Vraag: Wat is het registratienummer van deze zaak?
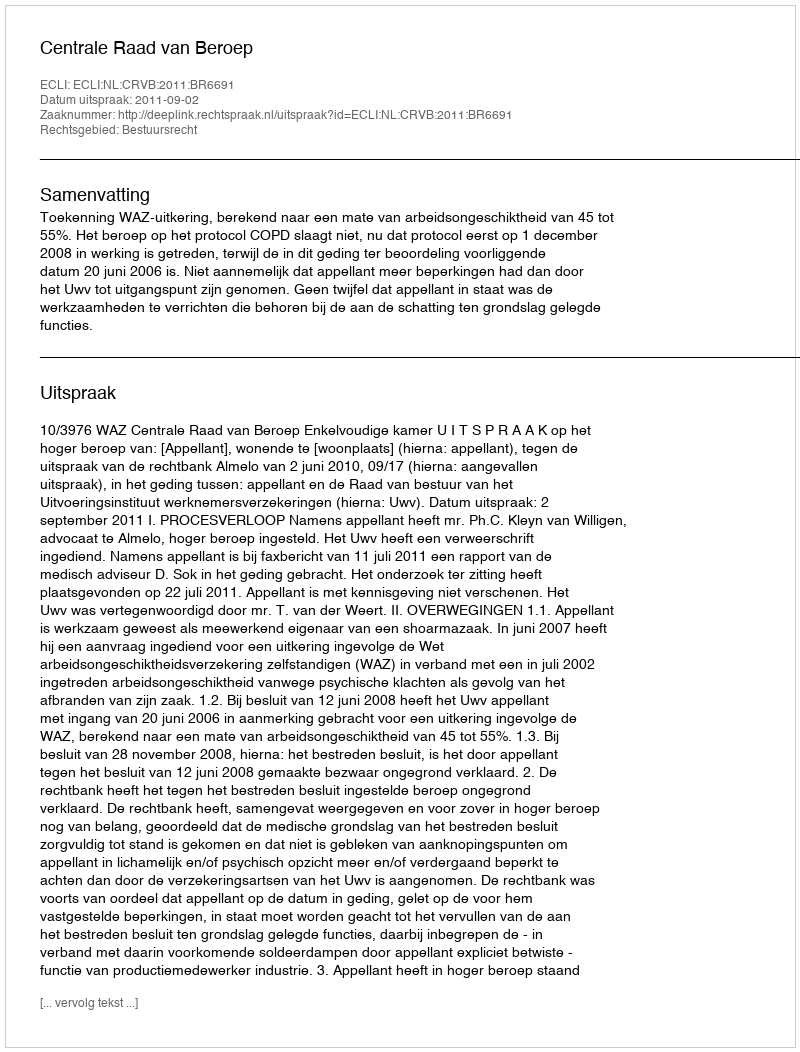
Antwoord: http://deeplink.rechtspraak.nl/uitspraak?id=ECLI:NL:CRVB:2011:BR6691